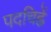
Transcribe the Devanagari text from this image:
पदचिह्नें